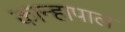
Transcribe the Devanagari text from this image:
कान्हापाल